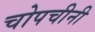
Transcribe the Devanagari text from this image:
चोपचीनी